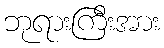
ဘုရားကြီးအား